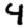
Digit: 4